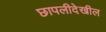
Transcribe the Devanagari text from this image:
छापलीदेखील